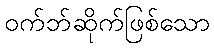
ဝက်ဘ်ဆိုက်ဖြစ်သော